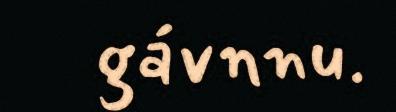
gávnnu.